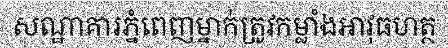
សណ្ឋាគារភ្នំពេញម្នាក់ត្រូវកម្លាំងអាវុធហត្ថ